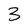
Character: 3